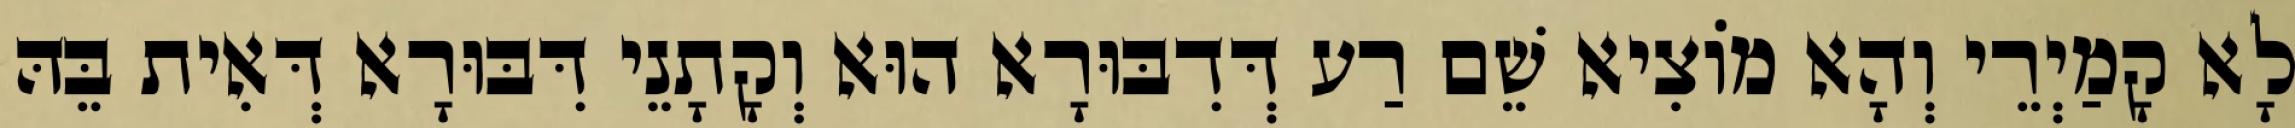
לָא קָמַיְרֵי וְהָא מוֹצִיא שֵׁם רַע דְּדִבּוּרָא הוּא וְקָתָנֵי דִּבּוּרָא דְּאִית בֵּהּ